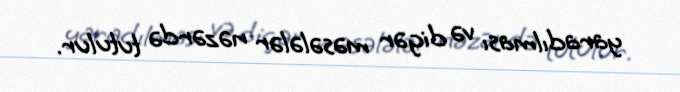
yaradılması və digər məsələlər nəzərdə tutulur.